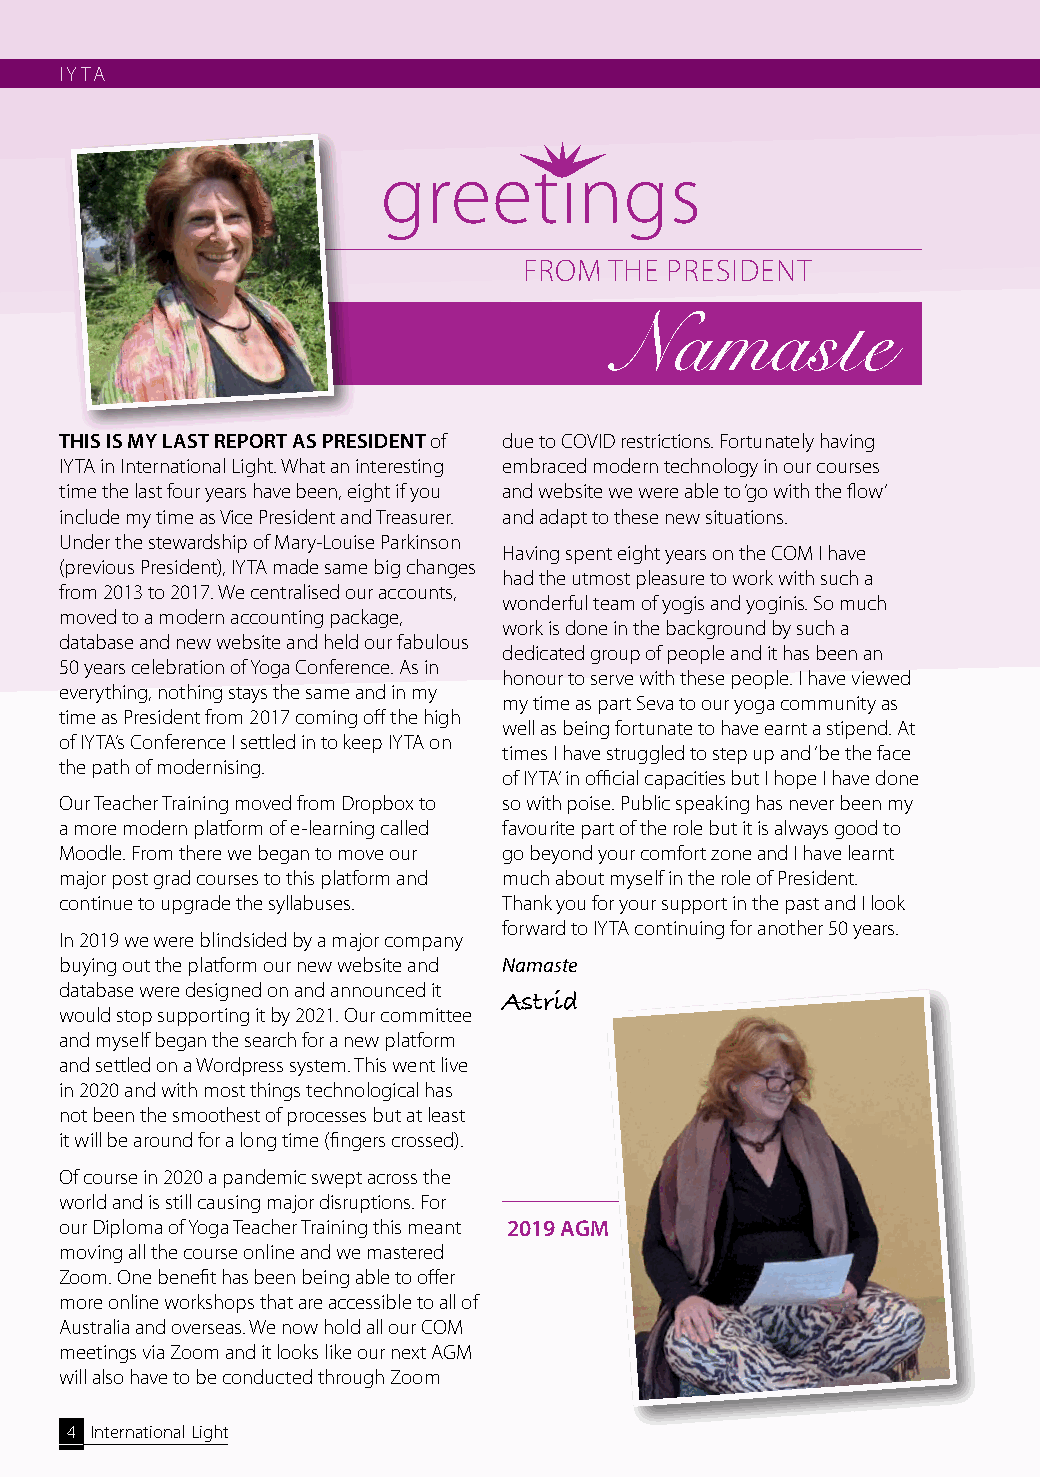
1.
 IYTA
 greetings
 FROM THE PRESIDENT
 THIS IS MY LAST REPORT AS PRESIDENT of due to COVID restrictions. Fortunately having
 IYTA in International Light. What an interesting embraced modern technology in our courses
 time the last four years have been, eight if you and website we were able to ‘go with the flow’
 include my time as Vice President and Treasurer. and adapt to these new situations.
 Under the stewardship of Mary-Louise Parkinson
 Having spent eight years on the COM I have
 (previous President), IYTA made same big changes
 had the utmost pleasure to work with such a
 from 2013 to 2017. We centralised our accounts,
 wonderful team of yogis and yoginis. So much
 moved to a modern accounting package,
 work is done in the background by such a
 database and new website and held our fabulous
 dedicated group of people and it has been an
 50 years celebration of Yoga Conference. As in
 honour to serve with these people. I have viewed
 everything, nothing stays the same and in my
 my time as part Seva to our yoga community as
 time as President from 2017 coming off the high
 well as being fortunate to have earnt a stipend. At
 of IYTA’s Conference I settled in to keep IYTA on
 times I have struggled to step up and ‘be the face
 the path of modernising.
 of IYTA’ in official capacities but I hope I have done
 Our Teacher Training moved from Dropbox to so with poise. Public speaking has never been my
 a more modern platform of e-learning called favourite part of the role but it is always good to
 Moodle. From there we began to move our go beyond your comfort zone and I have learnt
 major post grad courses to this platform and much about myself in the role of President.
 continue to upgrade the syllabuses. Thank you for your support in the past and I look
 forward to IYTA continuing for another 50 years.
 In 2019 we were blindsided by a major company
 buying out the platform our new website and Namaste
 database were designed on and announced it
 Astrid
 would stop supporting it by 2021. Our committee
 and myself began the search for a new platform
 and settled on a Wordpress system. This went live
 in 2020 and with most things technological has
 not been the smoothest of processes but at least
 it will be around for a long time (fingers crossed).
 Of course in 2020 a pandemic swept across the
 world and is still causing major disruptions. For
 our Diploma of Yoga Teacher Training this meant 2019 AGM
 moving all the course online and we mastered
 Zoom. One benefit has been being able to offer
 more online workshops that are accessible to all of
 Australia and overseas. We now hold all our COM
 meetings via Zoom and it looks like our next AGM
 will also have to be conducted through Zoom
 4 International Light